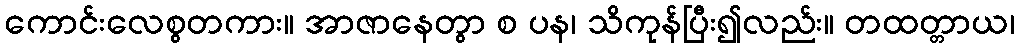
ကောင်းလေစွတကား။ အာဇာနေတွာ စ ပန၊ သိကုန်ပြီး၍လည်း။ တထတ္တာယ၊